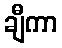
ချီကာ